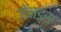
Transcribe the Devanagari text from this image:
जेनड्स